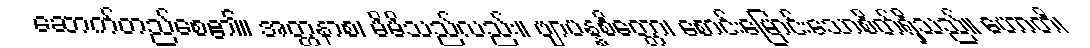
ဆောက်တည်စေ၏။ အတ္တနာစ၊ မိမိသည်လည်း။ ဗျာပန္နစိတ္တော၊ စောင်းမြောင်းသောစိတ်ရှိသည်။ ဟောတိ၊